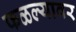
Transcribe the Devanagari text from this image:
फळल्यावर